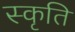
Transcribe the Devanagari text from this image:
स्कृति